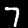
Label: 7